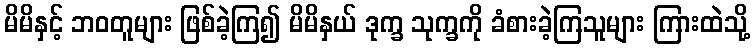
မိမိနှင့် ဘဝတူများ ဖြစ်ခဲ့ကြ၍ မိမိနှယ် ဒုက္ခ သုက္ခကို ခံစားခဲ့ကြသူများ ကြားထဲသို့